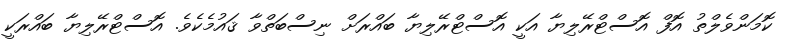
ކޮމަންވެލްތު އޮފް އޮސްޓްރޭލިޔާ އަކީ އޮސްޓްރޭލިޔާ ބައްރަށް ނިސްބަތްވާ ޤައުމެކެވެ. އޮސްޓްރޭލިޔާ ބައްރަކީ